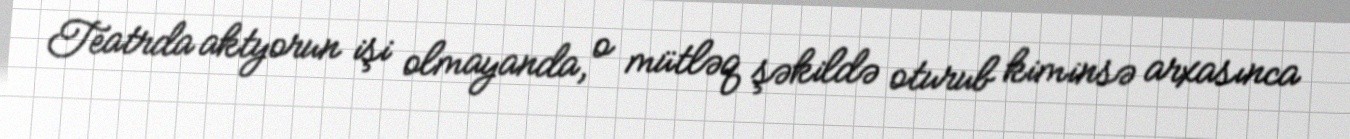
Teatrda aktyorun işi olmayanda, o mütləq şəkildə oturub kiminsə arxasınca